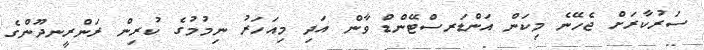
ސަރުކާރަށް ޖެހޭނެ މިކަން އަންޑަރސްޓޭންޑް ވާން އަދި މިއަހަރު ނިމުމުގެ ކުރިން ރަންރީނދޫންގެ